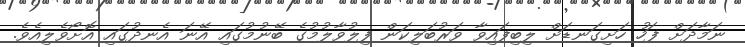
ނަމާދަށް ފަހު ހަށިގަނޑަށް ލިބިފައިވާ ވަރުބަލިކަން ފިލުވާލުމުގެ ބޭނުމުގައި އޭނަ އެނދުގައި އޮށޯވެލިއެވެ.